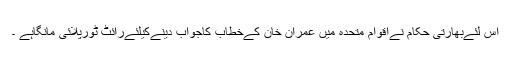
اس لئےبھارتی حکام نےاقوام متحدہ میں عمران خان کےخطاب کاجواب دینےکیلئےرائٹ ٹورپلائی مانگاہے ۔